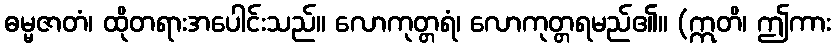
ဓမ္မဇာတံ၊ ထိုတရားအပေါင်းသည်။ လောကုတ္တရံ၊ လောကုတ္တရမည်၏။ (ဣတိ၊ ဤကား